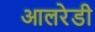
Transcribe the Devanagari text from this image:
आलरेडी